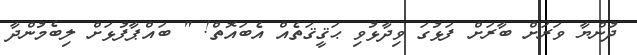
ދުންޔާ ވަރަށް ބާރަށް ފަޅުގަ ވިދާޅުވި ޙަޤީޤަތެއް އެބައޮތް! " ބައްޕާފުޅަށް ލިބެމުންދާ